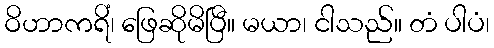
ဝိဟာကရိံ၊ ဖြေဆိုမိပြီ။ မယာ၊ ငါသည်။ တံ ပါပံ၊